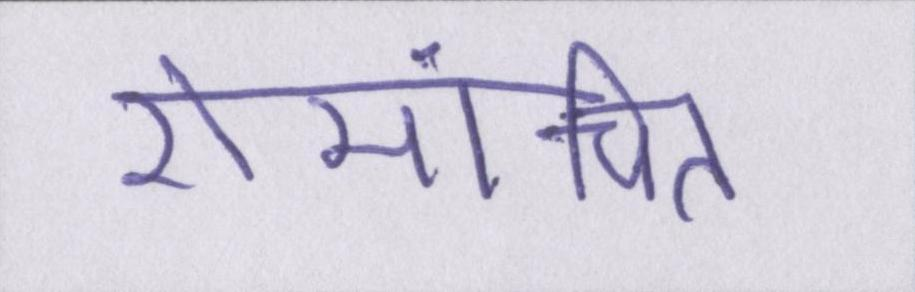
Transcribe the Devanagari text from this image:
रोमांचित